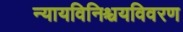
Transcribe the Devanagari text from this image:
न्यायविनिश्चयविवरण